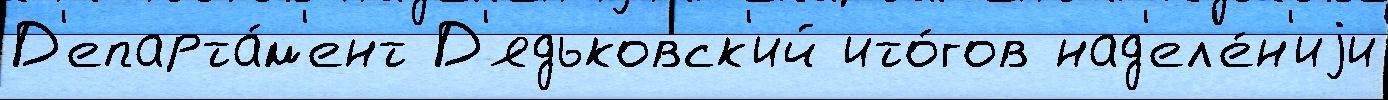
Д'епарта́м'ент Д'ядьковск'ий ито́гов над'ел'е́н'иjи